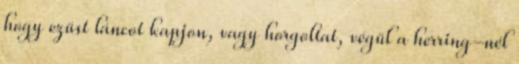
hogy ezüst láncot kapjon, vagy horgoltat, végül a herring-nél